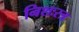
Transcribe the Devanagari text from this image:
निशःस्त्र